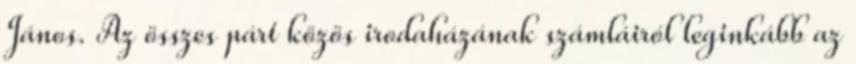
János. Az összes párt közös irodaházának számláiról leginkább az